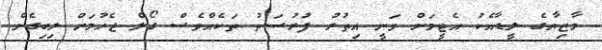
މާޒިޔާގެ ލީޑާއެކު އެޓީމަށް ވަނީ އިތުރު ފުރުޞަތު ތަކެއްވެސް ގޯލް ޖެހުމަށް ލިބިގެން